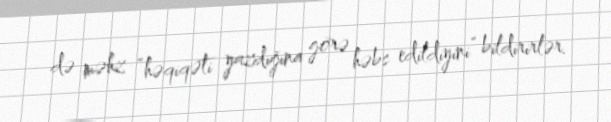
də məhz “həqiqəti yazdığına görə həbs edildiyini” bildirirlər.